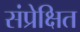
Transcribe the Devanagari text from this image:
संप्रेक्षित